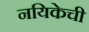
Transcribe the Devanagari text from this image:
नयिकेची